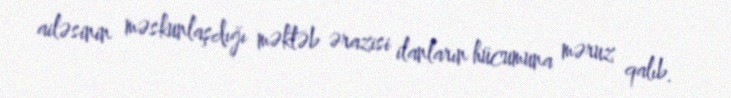
ailəsinin məskunlaşdığı məktəb ərazisi ilanların hücumuna məruz qalıb.